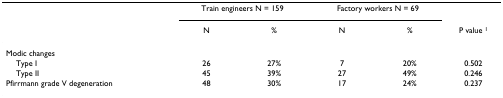
|  | <COLSPAN=2> Train engineers N = 159 | <COLSPAN=2> Factory workers N = 69 |  |
 |  | N | % | N | % | P value 1 |
 | --- | --- | --- | --- | --- | --- |
 | Modic changes |  |  |  |  |  |
 | Type I | 26 | 27% | 7 | 20% | 0.502 |
 | Type II | 45 | 39% | 27 | 49% | 0.246 |
 | Pfirrmann grade V degeneration | 48 | 30% | 17 | 24% | 0.237 |